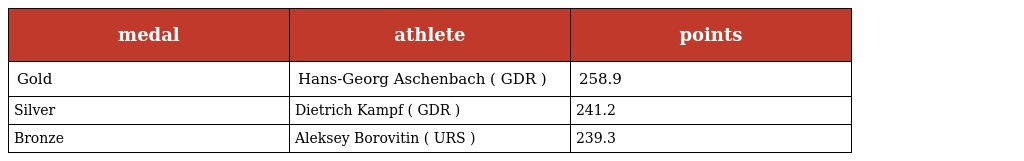
| medal | athlete | points |
 | --- | --- | --- |
 | Gold | Hans-Georg Aschenbach ( GDR ) | 258.9 |
 | Silver | Dietrich Kampf ( GDR ) | 241.2 |
 | Bronze | Aleksey Borovitin ( URS ) | 239.3 |